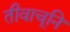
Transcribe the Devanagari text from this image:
तीवाचूनि